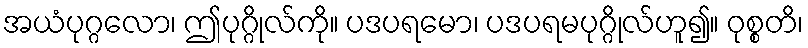
အယံပုဂ္ဂလော၊ ဤပုဂ္ဂိုလ်ကို။ ပဒပရမော၊ ပဒပရမပုဂ္ဂိုလ်ဟူ၍။ ဝုစ္စတိ၊